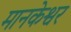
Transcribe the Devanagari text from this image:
मानकेश्वर